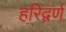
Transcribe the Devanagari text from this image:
हरिद्वर्ण